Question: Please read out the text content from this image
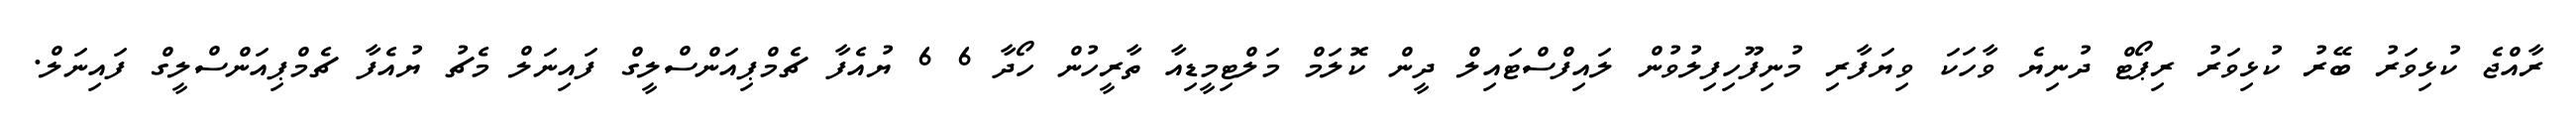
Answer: ރާއްޖެ ކުޅިވަރު ބޭރު ކުޅިވަރު ރިޕޯޓް ދުނިޔެ ވާހަކަ ވިޔަފާރި މުނިފޫހިފިލުވުން ލައިފްސްޓައިލް ދީން ކޮލަމް މަލްޓިމީޑިއާ ތާރީހުން ހޯދާ 6 6 ޔުއެފާ ޗެމްޕިއަންސްލީގް ފައިނަލް މެޗު ޔުއެފާ ޗެމްޕިއަންސްލީގް ފައިނަލް.